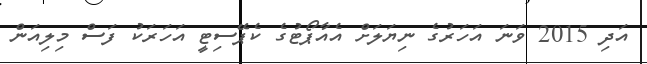
އަދި 2015 ވަނަ އަހަރުގެ ނިޔަލަށް އެއާޕޯޓުގެ ކެޕޭސިޓީ އަހަރަކު ފަސް މިލިއަން